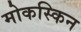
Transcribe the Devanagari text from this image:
मोकस्किन